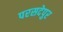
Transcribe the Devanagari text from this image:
परसदेपुर